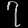
Digit: ၇